Lunatic asylums Central Provinces reports 1910-1926 - 1910-1926
Year: 1910
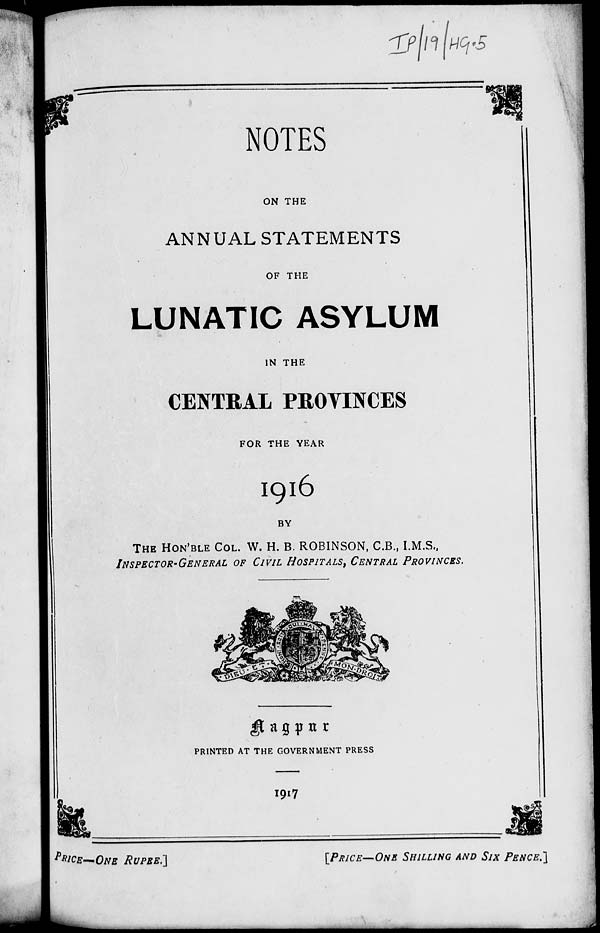
NOTES
ON THE
ANNUAL STATEMENTS
OF THE
LUNATIC ASYLUM
IN THE
CENTRAL PROVINCES
FOR THE YEAR
1916
BY
THE HON'BLE COL. W. H. B. ROBINSON, C.B., I.M.S.,
INSPECTOR-GENERAL OF CIVIL HOSPITALS, CENTRAL PROVINCES.
Nagpur
PRINTED AT THE GOVERNMENT PRESS
1917
PRICE-ONE RUPEE.]
[PRICE—ONE
SHILLING
AND
SIX
PENCE.]